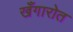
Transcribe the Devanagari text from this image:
खँगारोत